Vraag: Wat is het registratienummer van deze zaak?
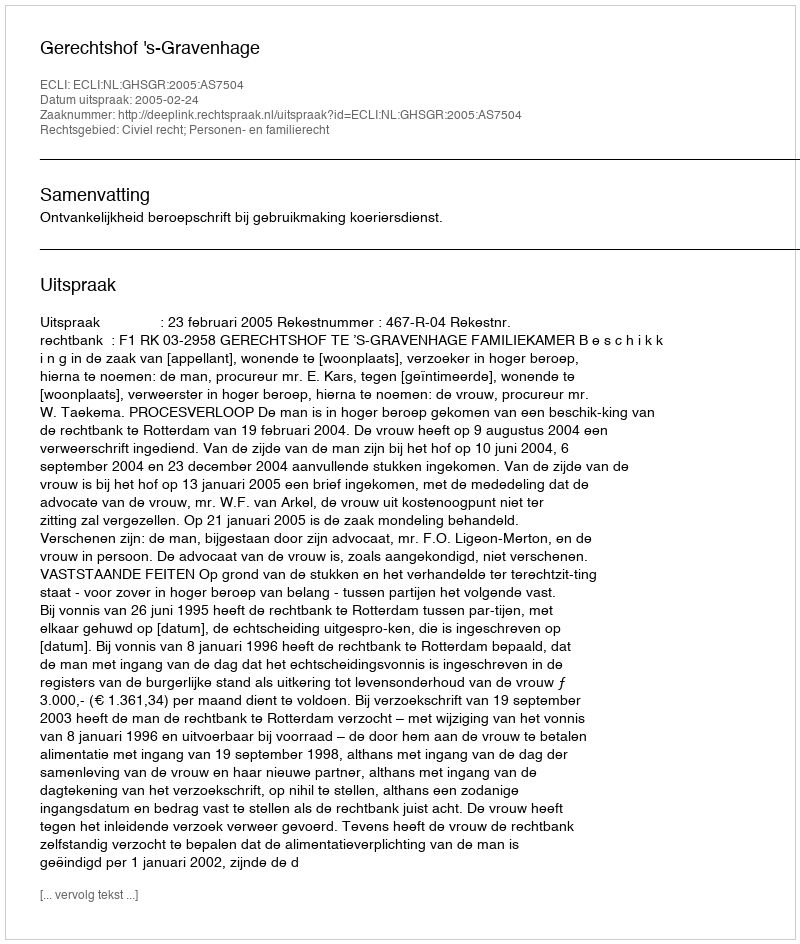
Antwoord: http://deeplink.rechtspraak.nl/uitspraak?id=ECLI:NL:GHSGR:2005:AS7504